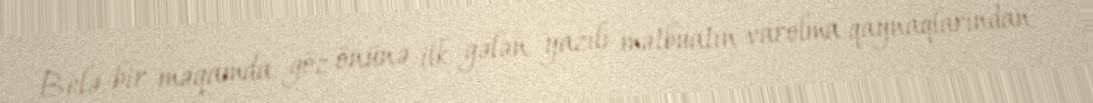
Belə bir məqamda göz önünə ilk gələn yazılı mətbuatın varolma qaynaqlarından